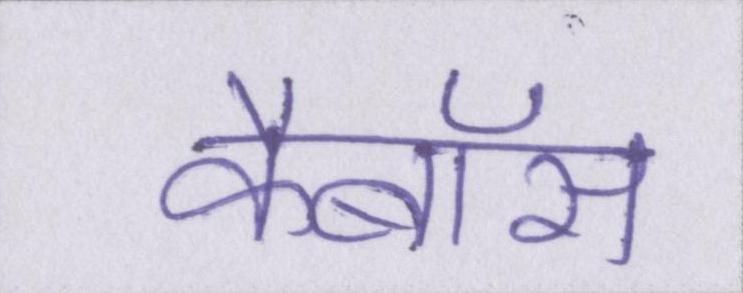
कैबॉस